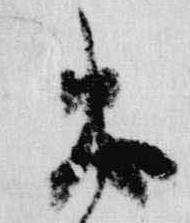
忠